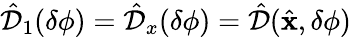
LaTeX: \hat{\mathcal{D}}_{1}(\delta\phi)=\hat{\mathcal{D}}_{x}(\delta\phi)=\hat{\mathcal{D}}(\hat{\mathbf x},\delta\phi)